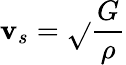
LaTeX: \mathbf{v}_{s}={\sqrt{}{{\frac{{G}}{{\rho}}}}}